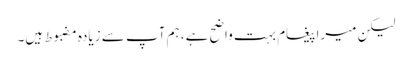
لیکن میرا پیغام بہت واضح ہے، ہم آپ سے زیادہ مضبوط ہیں۔